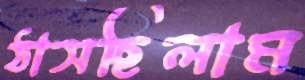
ঠাসছিলাম